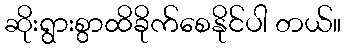
ဆိုးရွားစွာထိခိုက်စေနိုင်ပါ တယ်။